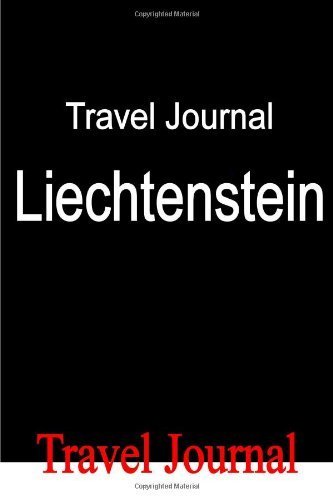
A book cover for Travel Journal Liechtenstein by Locken, E (2011) Paperback; E Locken; Travel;